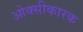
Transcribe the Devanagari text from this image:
ओक्सीकारक